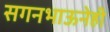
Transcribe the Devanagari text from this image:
सगनभाऊनेही